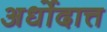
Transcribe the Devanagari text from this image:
अर्धोदात्त